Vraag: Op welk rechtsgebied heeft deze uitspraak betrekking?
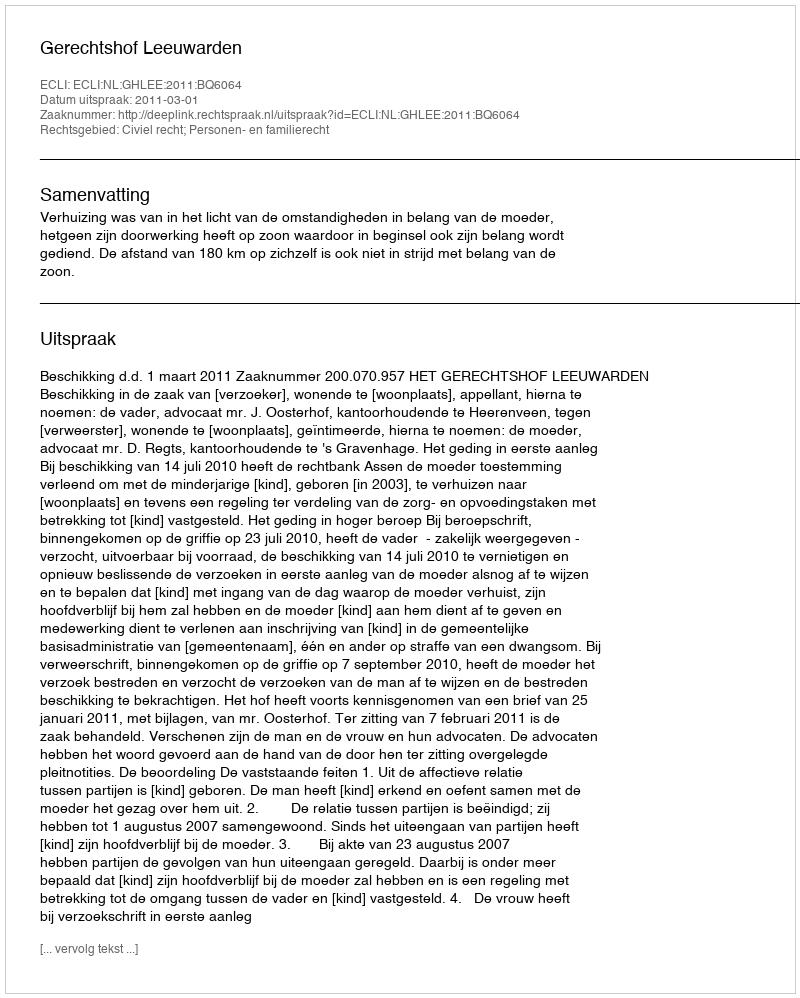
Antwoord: Civiel recht; Personen- en familierecht